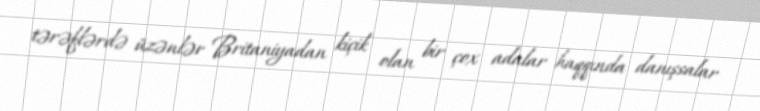
tərəflərdə üzənlər Britaniyadan kiçik olan bir çox adalar haqqında danışsalar